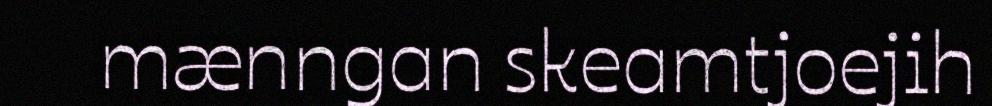
mænngan skeamtjoejih